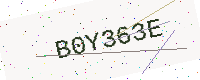
Text: B0Y363E